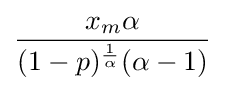
{\frac {x_{m}\alpha }{(1-p)^{\frac {1}{\alpha }}(\alpha -1)}}